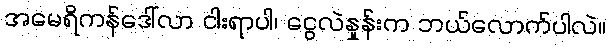
အမေရိကန်ဒေါ်လာ ငါးရာပါ၊ ငွေလဲနှုန်းက ဘယ်လောက်ပါလဲ။